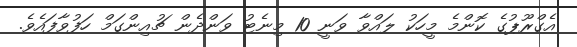
އެގްރޫޕުގެ ކޮންމެ މީހަކު ލައްވާ ވަނީ 10 މިނެޓު ވަންދެން ޗުއިންގަމް ހަފުވާފައެވެ.